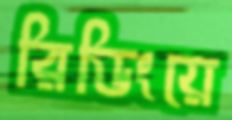
রিডিংয়ে